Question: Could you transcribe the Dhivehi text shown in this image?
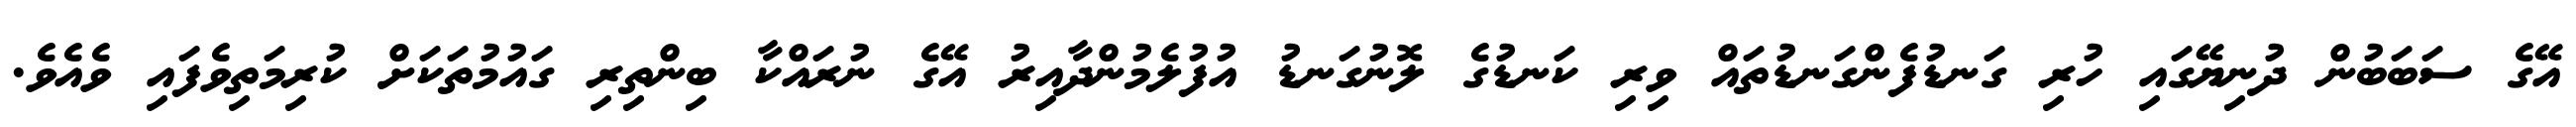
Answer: އޭގެ ސަބަބުން ދުނިޔޭގައި ހުރި ގަނޑުފެންގަނޑުތައް ވިރި ކަނޑުގެ ލޮނުގަނޑު އުފުލެމުންދާއިރު އޭގެ ނުރައްކާ ބިންތިރި ގައުމުތަކަށް ކުރިމަތިވެފައި ވެއެވެ.